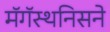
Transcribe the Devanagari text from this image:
मॅगॅस्थनिसने